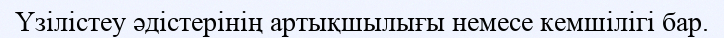
Үзілістеу әдістерінің артықшылығы немесе кемшілігі бар.